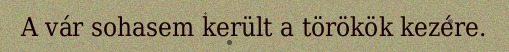
A vár sohasem került a törökök kezére.